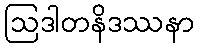
ဩဒါတနိဒဿနာ